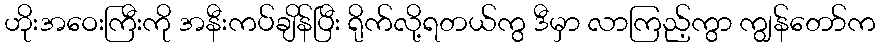
ဟိုးအဝေးကြီးကို အနီးကပ်ချိန်ပြီး ရိုက်လို့ရတယ်ကွ ဒီမှာ လာကြည့်ကွာ ကျွန်တော်က